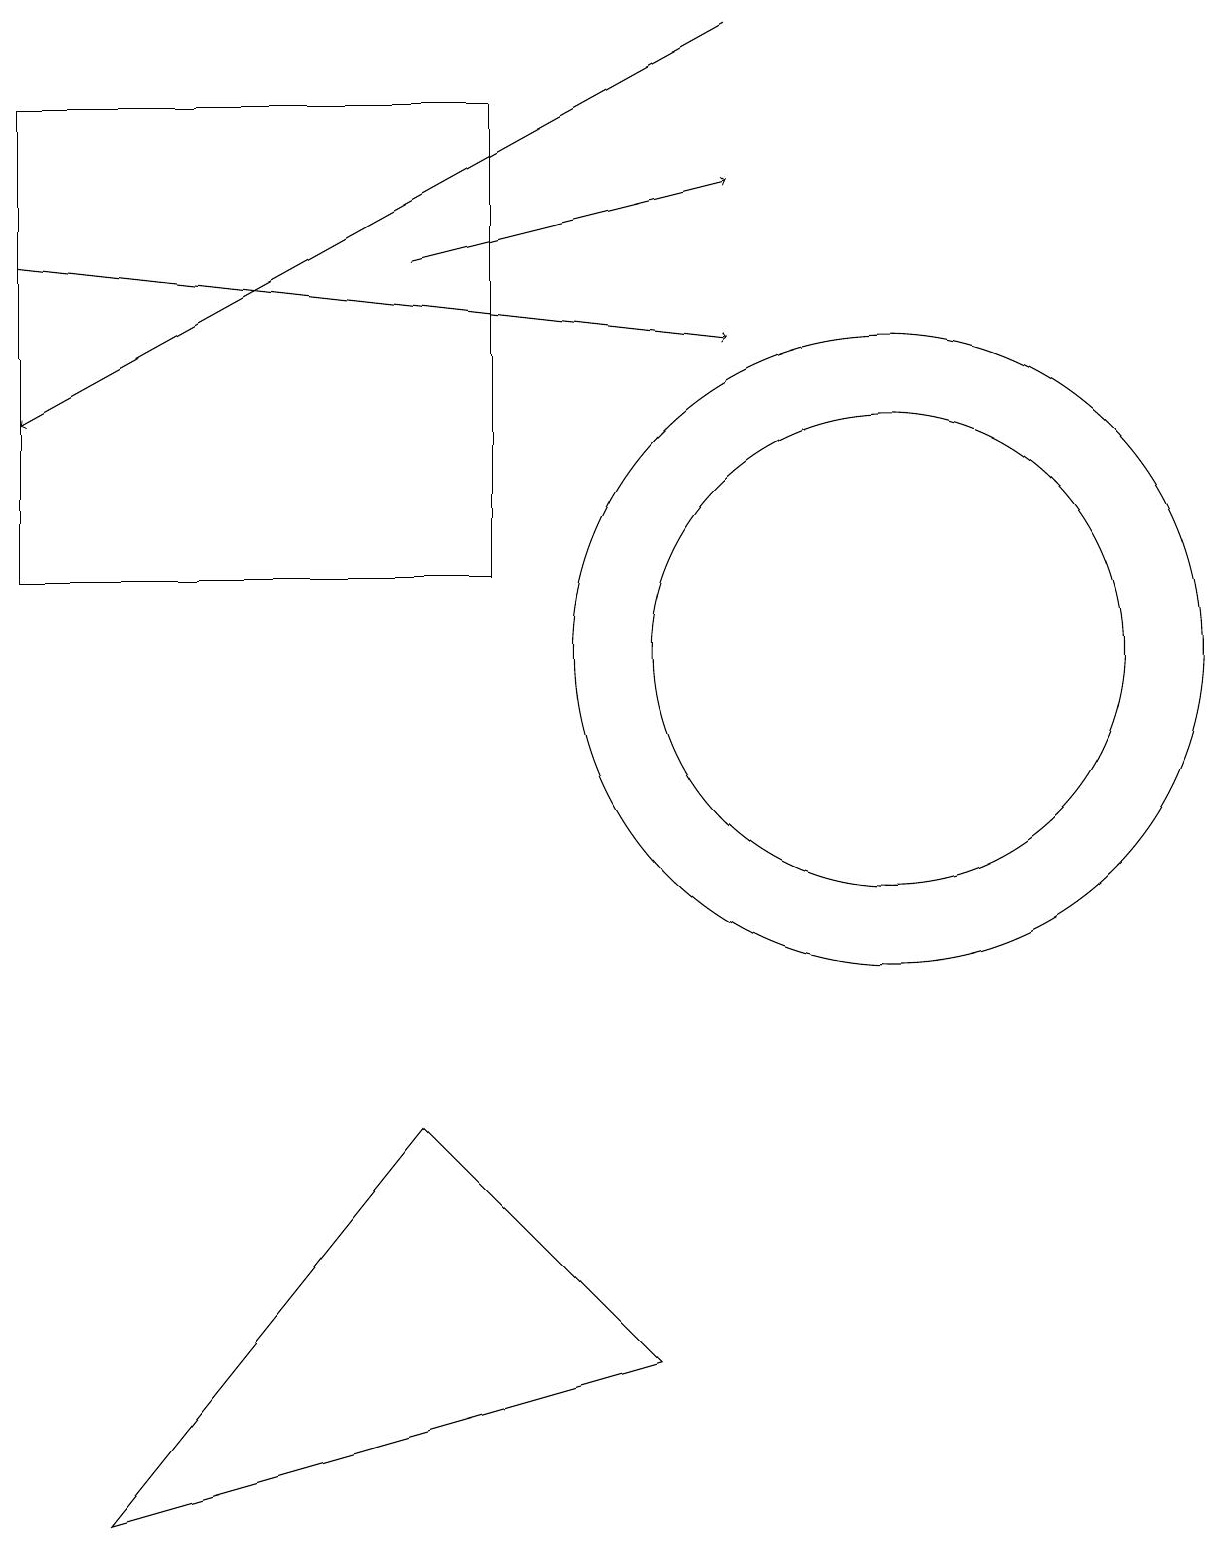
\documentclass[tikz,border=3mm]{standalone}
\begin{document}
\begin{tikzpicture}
\draw (11,11) circle (4);
\draw (5,5) -- (8,2) -- (1,0) -- cycle;
\draw[->] (9,19) -- (0,14);
\draw[->] (0,16) -- (9,15);
\draw (6,18) rectangle (0,12);
\draw[->] (5,16) -- (9,17);
\draw (11,11) circle (3);
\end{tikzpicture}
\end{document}